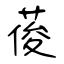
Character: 葰